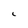
Character: c